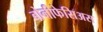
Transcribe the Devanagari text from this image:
बोनीफेसिअस